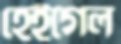
হেইগেল